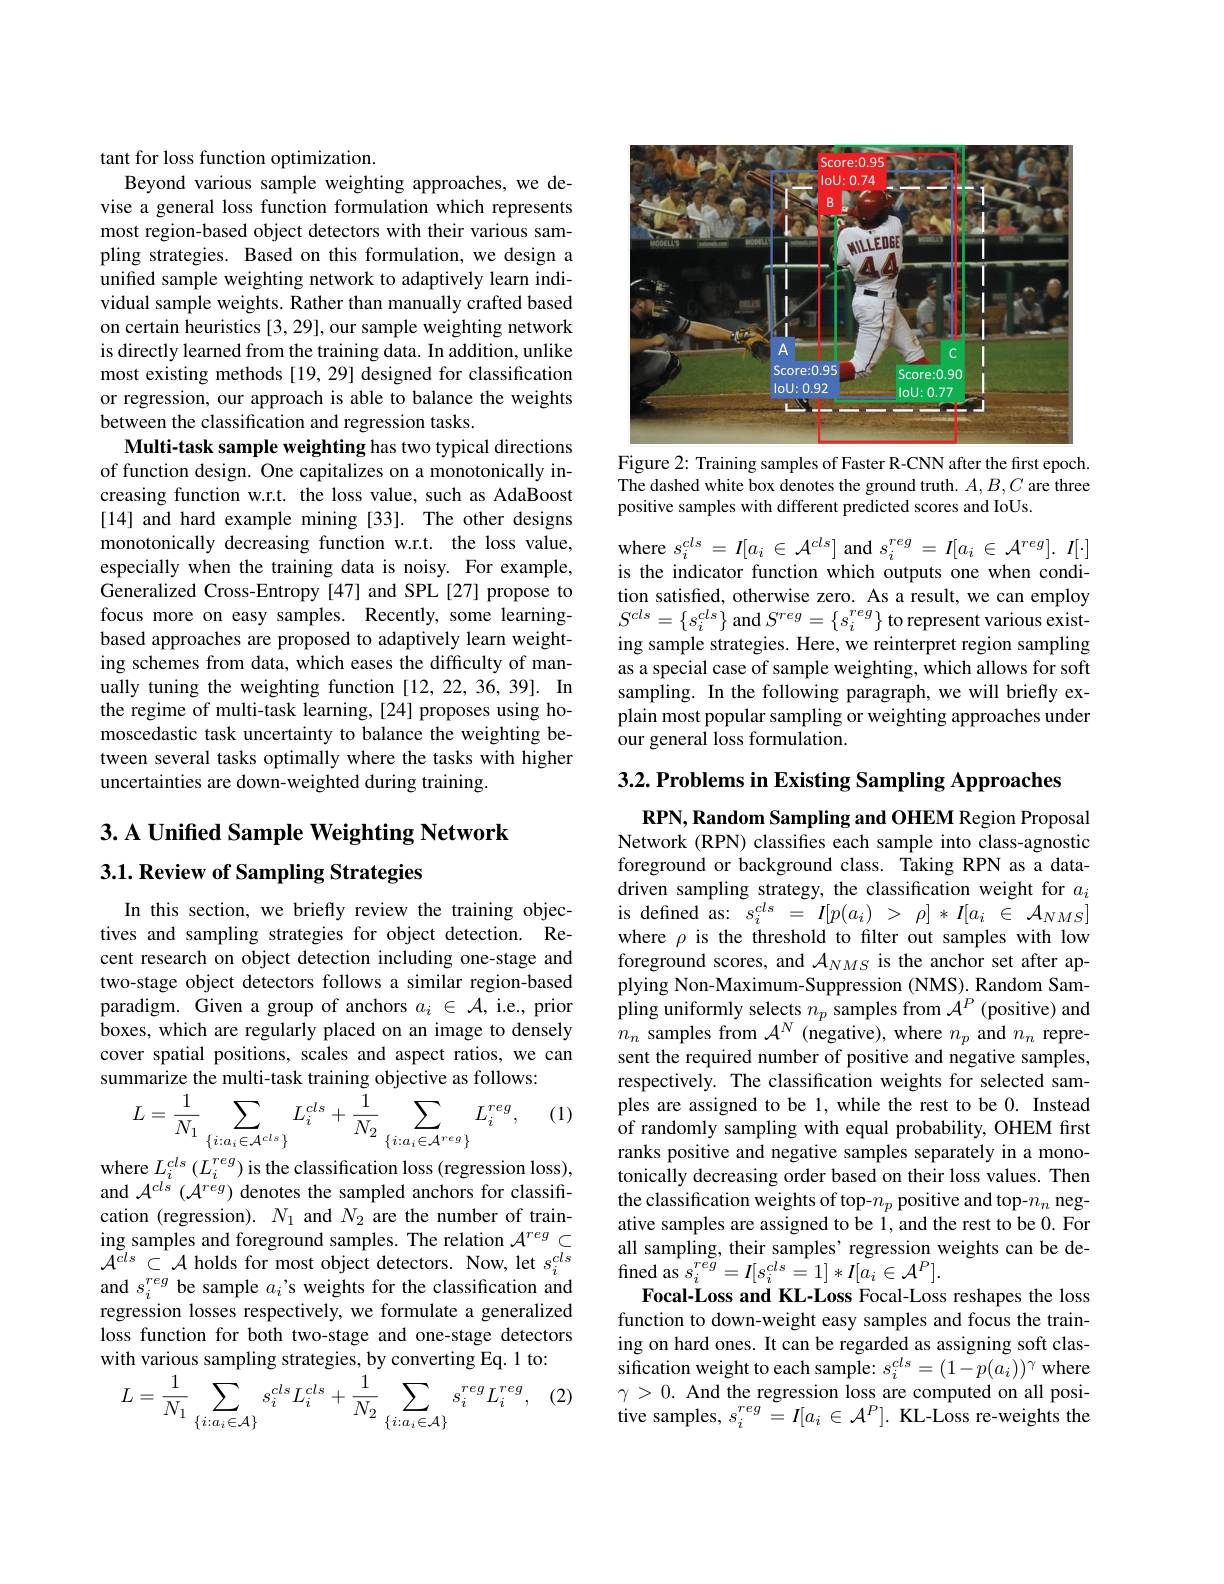
tant for loss function optimization.
Beyond various sample weighting approaches, we de-

vise a general loss function formulation which represents most region-based object detectors with their various sampling strategies. Based on this formulation, we design a unified sample weighting network to adaptively learn individual sample weights. Rather than manually crafted based on certain heuristics [3,29], our sample weighting network is directly learned from the training data. In addition, unlike most existing methods [19, 29] designed for classification or regression, our approach is able to balance the weights between the classification and regression tasks.
Multi-task sample weighting has two typical directions of function design. One capitalizes on a monotonically increasing function w.r.t. the loss value, such as AdaBoost [14] and hard example mining [33]. The other designs monotonically decreasing function w.r.t. the loss value, especially when the training data is noisy. For example, Generalized Cross-Entropy [47] and SPL[27] propose to focus more on easy samples. Recently, some learningbased approaches are proposed to adaptively learn weighting schemes from data, which eases the difficulty of manually tuning the weighting function [12,22,36,39]. In the regime of multi-task learning, [24] proposes using homoscedastic task uncertainty to balance the weighting between several tasks optimally where the tasks with higher uncertainties are down-weighted during training.

## $3. \textbf{A Unified Sample Weighting Network}$ $3. 1. \textbf{ Review of Sampling Strategies}$

In this section, we briefly review the training objectives and sampling strategies for object detection. Recent research on object detection including one-stage and two-stage object detectors follows a similar region-based paradigm. Given a group of anchors $a_i\in\mathcal{A}$, i.e., prior boxes, which are regularly placed on an image to densely cover spatial positions, scales and aspect ratios, we can summarize the multi-task training objective as follows:
$$L=\frac{1}{N_{1}}\sum_{\{i:a_{i}\in\mathcal{A}^{cls}\}}L_{i}^{cls}+\frac{1}{N_{2}}\sum_{\{i:a_{i}\in\mathcal{A}^{reg}\}}L_{i}^{reg},$$
(1)

$\begin{array}{l}\mathrm{where~}L_{i}^{cls}\left(L_{i}^{reg}\right)\text{is the classification loss}\left(\mathrm{regression~loss}\right),\\\mathrm{and~}\mathcal{A}^{cls}\left(\mathcal{A}^{reg}\right)\text{denotes the sampled anchors for classifi-}\end{array}$ cation (regression). $N_1$ and $N_2$ are the number of training samples and foreground samples. The relation $\mathcal{A}^reg\subset$ ${\mathcal A}^{cls}\subset{\mathcal A}$ holds for most object detectors. Now, let $s_i^{cls}$ and $s_i^{reg}$ be sample $a_i$ 's weights for the classification and regression losses respectively, we formulate a generalized loss function for both two-stage and one-stage detectors with various sampling strategies, by converting Eq. 1 to:
$$L=\frac{1}{N_{1}}\sum_{\{i:a_{i}\in\mathcal{A}\}}s_{i}^{cls}L_{i}^{cls}+\frac{1}{N_{2}}\sum_{\{i:a_{i}\in\mathcal{A}\}}s_{i}^{reg}L_{i}^{reg},$$
(2)

<FigureHere>
Figure 2: Training samples of Faster R-CNN after the first epoch.

The dashed white box denotes the ground truth. $A,B,C$ are three
positive samples with different predicted scores and IoUs.

$\begin{array}{l}\mathrm{where~}s_{i}^{cls}=I[a_{i}\in\mathcal{A}^{cls}]\text{ and }s_{i}^{reg}=I[a_{i}\in\mathcal{A}^{reg}].&I[\cdot]\\\mathrm{is~the~indicator~function~which~outputs~one~when~condi-}\end{array}$ tion satisfied, otherwise zero. As a result, we can employ $S^{cls}=\{s_{i}^{cls}\}$ and $S^reg=\{s_{i}^{reg}\}$ to represent various existing sample strategies. Here, we reinterpret region sampling as a special case of sample weighting, which allows for soft sampling. In the following paragraph, we will briefly explain most popular sampling or weighting approaches under our general loss formulation.

$3. 2. \textbf{ Problems in Existing Sampling Approaches}$

RPN, Random Sampling and OHEM Region Proposal Network (RPN) classifes each sample into class-agnostic foreground or background class. Taking RPN as a datadriven sampling strategy, the classification weight for $a_i$ is defined as: $s_i^{cls}=I[p(a_i)~>~\rho]*I[a_i~\in~\mathcal{A}_{NMS}]$ where $\rho$ is the threshold to filter out samples with low foreground scores, and $\mathcal{A}_{NMS}$ is the anchor set after applying Non-Maximum-Suppression (NMS). Random Sampling uniformly selects $n_p$ samples from $\mathcal{A}^P$ (positive) and $n_{n}$ samples from $\mathcal{A}^N$ (negative), where $n_p$ and $n_n$ represent the required number of positive and negative samples, respectively. The classification weights for selected samples are assigned to be 1, while the rest to be 0. Instead of randomly sampling with equal probability, OHEM first ranks positive and negative samples separately in a monotonically decreasing order based on their loss values. Then the classification weights of top-$n_p$ positive and top-$n_n$ negative samples are assigned to be 1, and the rest to be 0. For all sampling, their samples' regression weights can be de- ${\mathrm{fined~as~}s_{i}^{reg}}=I[s_{i}^{cls}=1]*I[a_{i}\in\mathcal{A}^{P}].$
Focal-Loss and KL-Loss Focal-Loss reshapes the loss function to down-weight easy samples and focus the training on hard ones. It can be regarded as assigning soft classification weight to each sample: $s_i^{cls}=(1-p(a_i))^\gamma$ where $\gamma>0.$ And the regression loss are computed on all positive samples, $s_i^{reg}=I[a_i\in\mathcal{A}^P].$ KL-Loss re-weights the